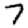
Digit: 7